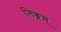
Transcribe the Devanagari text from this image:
लिङ्गम्‌